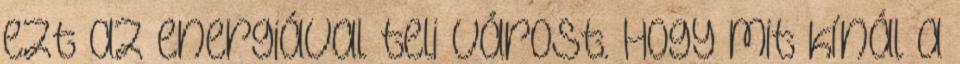
ezt az energiával teli várost. Hogy mit kínál a